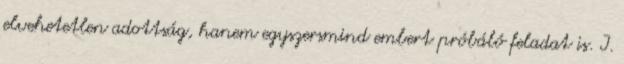
elvehetetlen adottság, hanem egyszersmind embert próbáló feladat is. I.